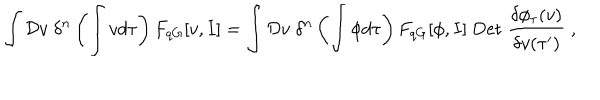
\int { \cal D } v \; \delta ^ { n } \left( \int v d \tau \right) F _ { q G } [ v , I ] = \int { \cal D } v \; \delta ^ { n } \left( \int \phi d \tau \right) F _ { q G } [ \phi , I ] \; \mathrm { D e t } \; \frac { \delta \phi _ { \tau } ( v ) } { \delta v ( \tau ^ { \prime } ) } \; ,